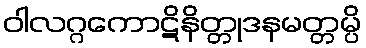
ဝါလဂ္ဂကောဋိနိတ္တုဒနမတ္တမ္ပိ